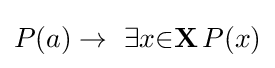
P(a)\to \ \exists {x}{\in }\mathbf {X} \,P(x)